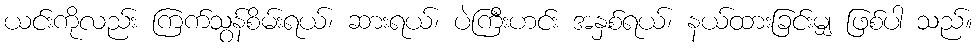
ယင်းကိုလည်း ကြက်သွန်စိမ်းရယ်၊ ဆားရယ်၊ ပဲကြီးဟင်း အနှစ်ရယ်၊ နယ်ထားခြင်းမျှ ဖြစ်ပါ သည်။